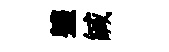
軆緘